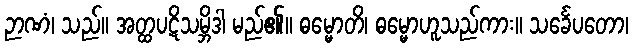
ဉာဏံ၊ သည်။ အတ္ထပဋိသမ္ဘိဒါ မည်၏။ ဓမ္မောတိ၊ ဓမ္မောဟူသည်ကား။ သင်္ခေပတော၊